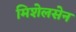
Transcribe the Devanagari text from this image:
मिशेलसेन